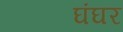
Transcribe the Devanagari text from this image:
घंघर